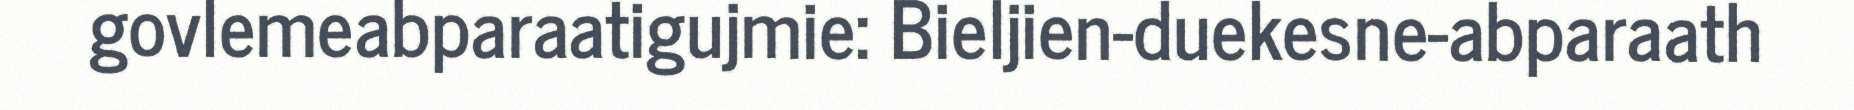
govlemeabparaatigujmie: Bieljien-duekesne-abparaath